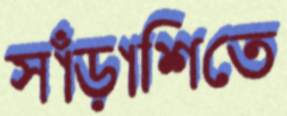
সাঁড়াশিতে